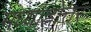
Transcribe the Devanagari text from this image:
मध्याह्नोत्तर